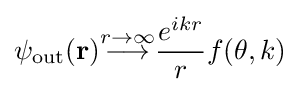
\psi _{\text{out}}(\mathbf {r} ){\stackrel {r\to \infty }{\longrightarrow }}{\frac {e^{ikr}}{r}}f(\theta ,k)